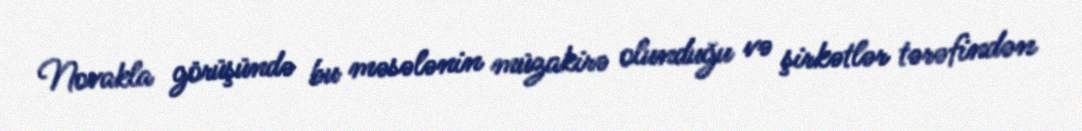
Novakla görüşündə bu məsələnin müzakirə olunduğu və şirkətlər tərəfindən